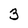
Character: 5